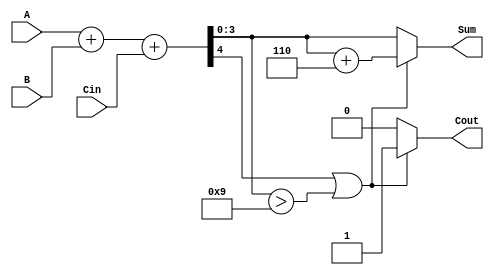
module bcd_hybrid_adder (
    input  wire [3:0] A,          // First BCD digit
    input  wire [3:0] B,          // Second BCD digit
    input  wire Cin,              // Carry input
    output reg  [3:0] Sum,        // BCD sum
    output reg  Cout              // Carry output
);

    // Intermediate wire
    wire [4:0] S;  // 5-bit sum to hold A + B + Cin

    // Binary addition of A, B, and Cin
    assign S = A + B + Cin;

    // BCD correction logic
    always @* begin
        if (S[4] || (S[3:0] > 4'd9)) begin
            // Correction needed, BCD adjustment
            Sum = S[3:0] + 4'd6;
            Cout = 1'b1; // Carry out is asserted
        end else begin
            Sum = S[3:0]; // No correction needed
            Cout = 1'b0; // No carry out
        end
    end

endmodule